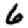
Digit: 6